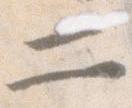
二